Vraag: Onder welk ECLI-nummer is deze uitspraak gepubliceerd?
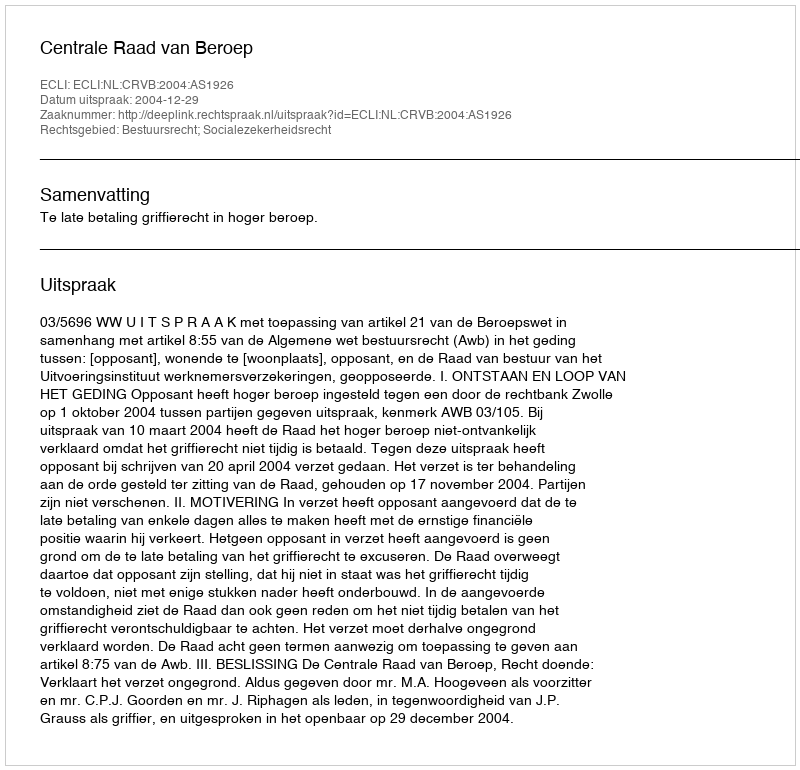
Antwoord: ECLI:NL:CRVB:2004:AS1926